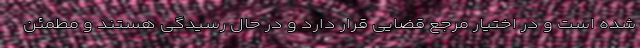
شده است و در اختیار مرجع قضایی قرار دارد و در حال رسیدگی هستند و مطمئن